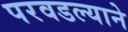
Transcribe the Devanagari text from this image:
परवडल्याने